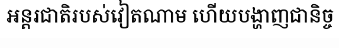
អន្តរជាតិរបស់វៀតណាម ហើយបង្ហាញជានិច្ច